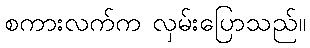
စကားလက်က လှမ်းပြောသည်။